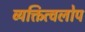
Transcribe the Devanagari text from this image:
व्यक्तित्वलोप